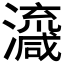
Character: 𱪇